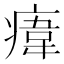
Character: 𤸆